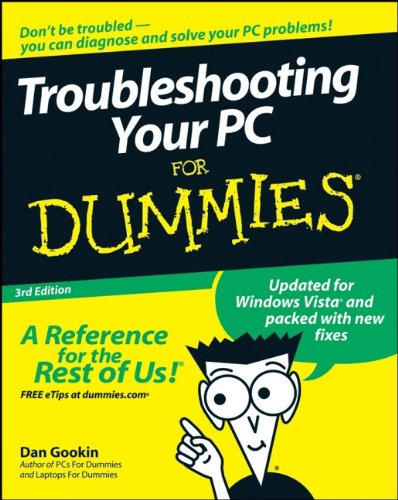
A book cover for Troubleshooting Your PC for Dummies, 3rd Edition; Dan Gookin; Computers & Technology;